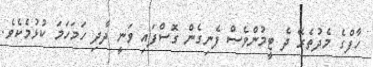
ހާފްގެ މެދުތެރޭ ދެ ޓީމުންވެސް ފެނިގެން ގޮސްފައި ވަނީ ދާދި ހަމަހަމަ ކުޅުމެކެވެ.